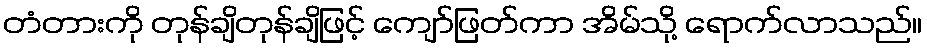
တံတားကို တုန်ချိတုန်ချိဖြင့် ကျော်ဖြတ်ကာ အိမ်သို့ ရောက်လာသည်။